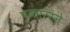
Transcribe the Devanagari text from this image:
पुकाररने